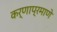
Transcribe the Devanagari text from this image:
कर्णाप्रमाणे